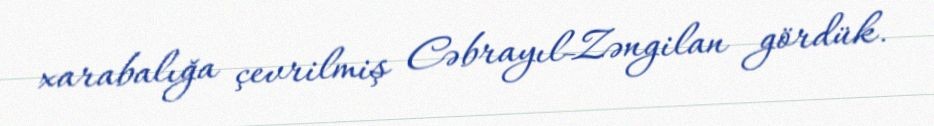
xarabalığa çevrilmiş Cəbrayıl-Zəngilan gördük.